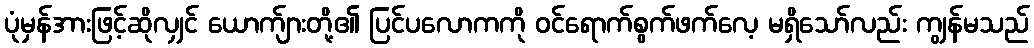
ပုံမှန်အားဖြင့်ဆိုလျှင် ယောက်ျားတို့၏ ပြင်ပလောကကို ဝင်ရောက်စွက်ဖက်လေ့ မရှိသော်လည်း ကျွန်မသည်